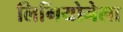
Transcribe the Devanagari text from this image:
लिगियोनेला